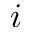
i